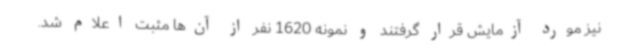
نیز مورد آزمایش قرار گرفتند و نمونه 1620 نفر از آن‌ها مثبت اعلام شد.